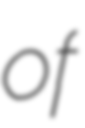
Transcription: of